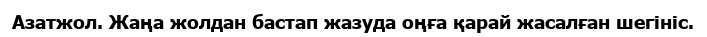
Азатжол. Жаңа жолдан бастап жазуда оңға қарай жасалған шегініс.